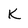
Character: K